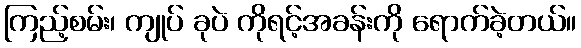
ကြည့်စမ်း၊ ကျုပ် ခုပဲ ကိုရင့်အခန်းကို ရောက်ခဲ့တယ်။